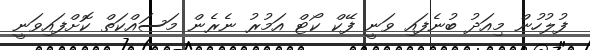
ފުލުހުން މިއަދު ބުނެފައި ވަނީ ފޭކް ކޯޓް އަމުރު ނެރެން މަސައްކަތް ކޮށްފައިވަނީ